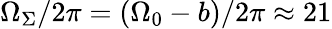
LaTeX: \Omega_{\Sigma}/2\pi=(\Omega_{0}-b)/2\pi\approx 21